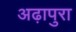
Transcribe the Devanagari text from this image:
अढ़ापुरा